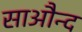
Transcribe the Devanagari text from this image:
साऔन्द